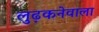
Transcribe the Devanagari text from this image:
लुढ़कनेवाला